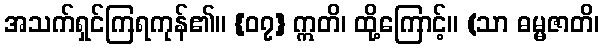
အသက်ရှင်ကြရကုန်၏။ {၀၇} ဣတိ၊ ထို့ကြောင့်။ (သာ ဓမ္မဇာတိ၊